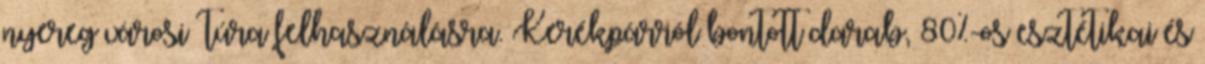
nyereg városi túra felhasználásra. Kerékpárról bontott darab, 80%-os esztétikai és